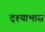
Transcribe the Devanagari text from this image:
दृश्याभास